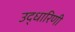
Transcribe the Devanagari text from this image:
उद्धारिणी